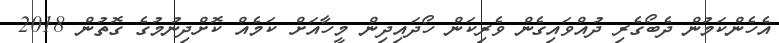
އެހެންކަމުން ދެބޯގެރި ދުއްވައިގެން ވެރިކަން ހޯދައިދިން މީހާއަށް ކަމެއް ކޮށްދިނުމުގެ ގޮތުން 2018